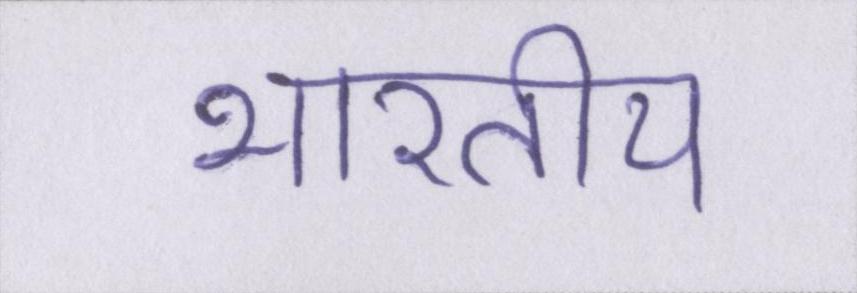
भारतीय